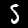
Label: 5